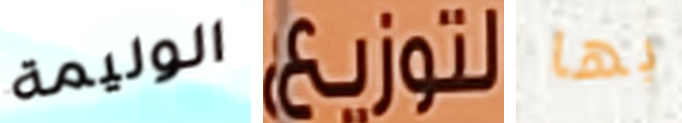
الوليمة لتوزيع بها